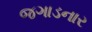
જગાડનાર